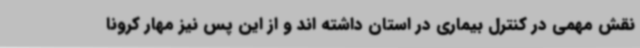
نقش مهمی در کنترل بیماری در استان داشته اند و از این پس نیز مهار کرونا